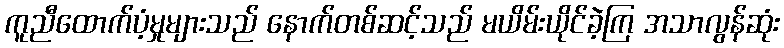
ကူညီထောက်ပံ့မှုများသည် နောက်တစ်ဆင့်သည် မယိမ်းယိုင်ခဲ့ကြ အသာလွန်ဆုံး